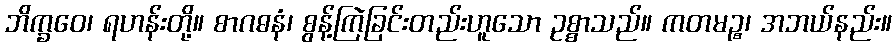
ဘိက္ခဝေ၊ ရဟန်းတို့။ စာဂဓနံ၊ စွန့်ကြဲခြင်းတည်းဟူသော ဥစ္စာသည်။ ကတမဉ္စ၊ အဘယ်နည်း။